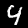
Digit: 4